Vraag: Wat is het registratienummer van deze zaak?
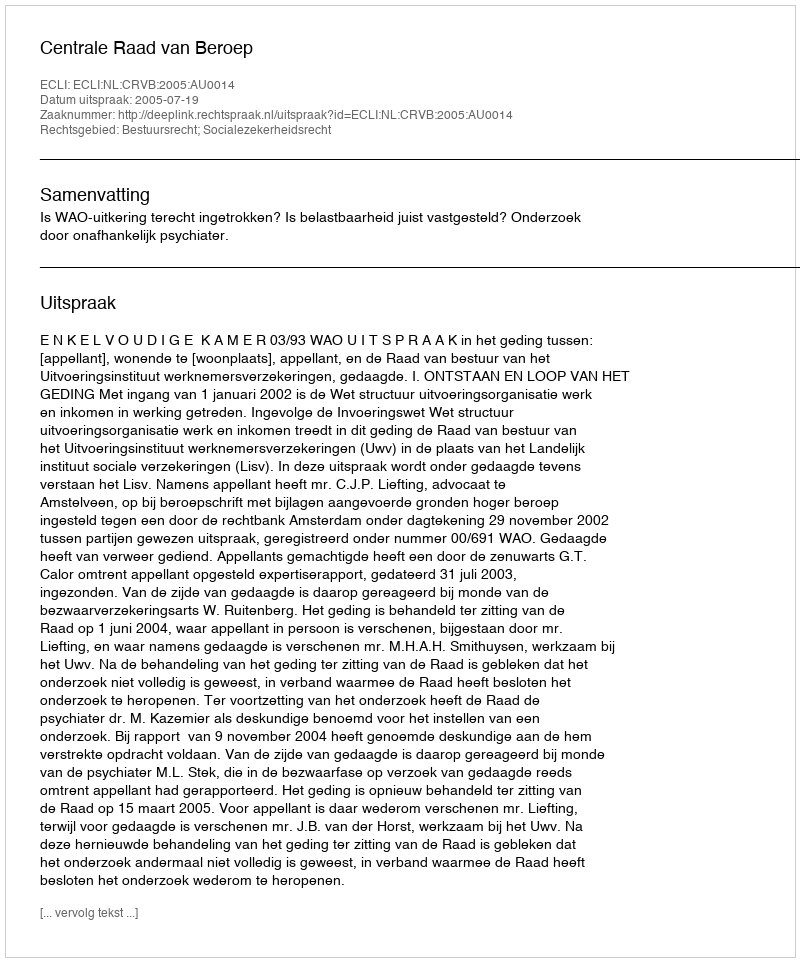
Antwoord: http://deeplink.rechtspraak.nl/uitspraak?id=ECLI:NL:CRVB:2005:AU0014